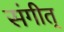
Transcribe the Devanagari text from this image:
संगीत्